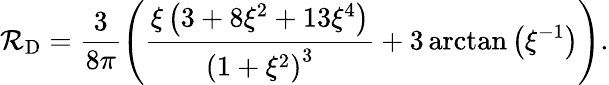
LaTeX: \mathcal{R}_{\mathrm{D}}=\frac{3}{8\pi}\left(\frac{\xi\left(3+8\xi^{2}+13\xi^{4}\right)}{\left(1+\xi^{2}\right)^{3}}+3\arctan\left(\xi^{-1}\right)\right).